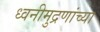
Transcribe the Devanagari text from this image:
ध्वनीमुद्रणांच्या